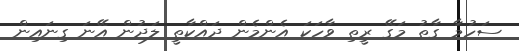
ސަހުމާ ގާތު މަގޭ ރީތި ވާހަކަ އެންމެން ދައްކާތީ ލަދުން އޭނަ ގިނައިން